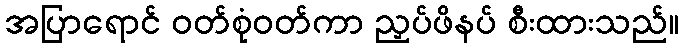
အပြာရောင် ဝတ်စုံဝတ်ကာ ညှပ်ဖိနပ် စီးထားသည်။